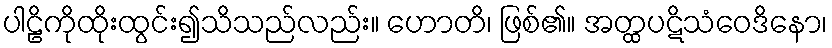
ပါဠိကိုထိုးထွင်း၍သိသည်လည်း။ ဟောတိ၊ ဖြစ်၏။ အတ္ထပဋိသံဝေဒိနော၊